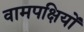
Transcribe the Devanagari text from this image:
वामपक्षियों